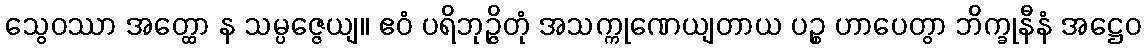
သွေဝဿာ အတ္ထော န သမ္ပဇ္ဇေယျ။ ဧဝံ ပရိဘုဉ္ဇိတုံ အသက္ကုဏေယျတာယ ပဉ္စ ဟာပေတွာ ဘိက္ခုနီနံ အဋ္ဌေဝ